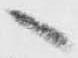
へ